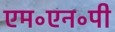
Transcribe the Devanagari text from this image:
एम॰एन॰पी